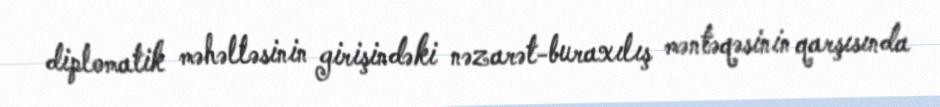
diplomatik məhəlləsinin girişindəki nəzarət-buraxılış məntəqəsinin qarşısında